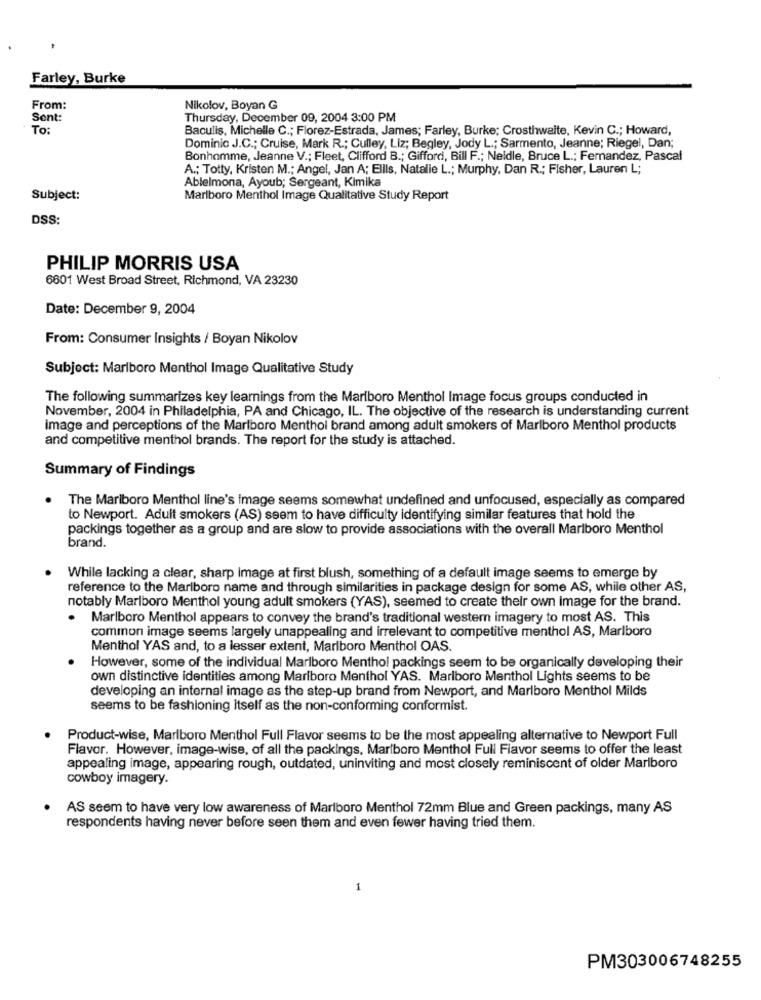
Farley, Burke
From:
Nikolov, Boyan G
Sent:
Thursday, December 09, 2004 3:00 PM
To:
Baculis, Michelle C .; Florez-Estrada, James; Farley, Burke; Crosthwaite, Kevin C .; Howard,
Dominic J.C .; Cruise, Mark R .; Culley, Liz; Begley, Jody L .; Sarmento, Jeanne; Riegel, Dan;
Bonhomme, Jeanne V .; Fleet, Clifford B .; Gifford, Bill F .; Neidle, Bruce L .; Fernandez, Pascal
A .; Totty, Kristen M .; Angel, Jan A; Ellis, Natalie L .; Murphy, Dan R .; Fisher, Lauren L;
Ablelmona, Ayoub; Sergeant, Kimika
Subject:
Marlboro Menthol Image Qualitative Study Report
DSS:
PHILIP MORRIS USA
6601 West Broad Street, Richmond, VA 23230
Date: December 9, 2004
From: Consumer Insights / Boyan Nikolov
Subject: Marlboro Menthol Image Qualitative Study
The following summarizes key learnings from the Marlboro Menthol Image focus groups conducted in
November, 2004 in Philadelphia, PA and Chicago, IL. The objective of the research is understanding current
image and perceptions of the Marlboro Menthol brand among adult smokers of Marlboro Menthol products
and competitive menthol brands. The report for the study is attached.
Summary of Findings
The Marlboro Menthol line's Image seems somewhat undefined and unfocused, especially as compared
to Newport. Adult smokers (AS) seem to have difficulty identifying similar features that hold the
packings together as a group and are slow to provide associations with the overall Marlboro Menthol
brand.
While lacking a clear, sharp Image at first blush, something of a default image seems to emerge by
reference to the Marlboro name and through similarities in package design for some AS, while other AS,
notably Marlboro Menthol young adult smokers (YAS), seemed to create their own image for the brand.
Marlboro Menthol appears to convey the brand's traditional western imagery to most AS. This
common image seems largely unappealing and irrelevant to competitive menthol AS, Marlboro
Menthol YAS and, to a lesser extent, Marlboro Menthol OAS.
However, some of the individual Marlboro Menthol packings seem to be organically developing their
own distinctive identities among Marlboro Menthol YAS. Marlboro Menthol Lights seems to be
developing an internal image as the step-up brand from Newport, and Marlboro Menthol Milds
seems to be fashioning itself as the non-conforming conformist.
.
Product-wise, Marlboro Menthol Full Flavor seems to be the most appealing alternative to Newport Full
Flavor. However, image-wise, of all the packings, Marlboro Menthol Full Flavor seems to offer the least
appealing image, appearing rough, outdated, uninviting and most closely reminiscent of older Marlboro
cowboy imagery.
AS seem to have very low awareness of Marlboro Menthol 72mm Blue and Green packings, many AS
respondents having never before seen them and even fewer having tried them.
1
PM303006748255